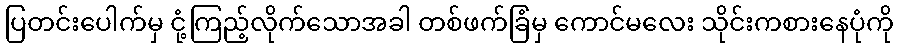
ပြတင်းပေါက်မှ ငုံ့ကြည့်လိုက်သောအခါ တစ်ဖက်ခြံမှ ကောင်မလေး သိုင်းကစားနေပုံကို